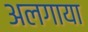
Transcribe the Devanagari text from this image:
अलगाया